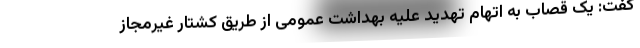
گفت: یک قصاب به اتهام تهدید علیه بهداشت عمومی از طریق کشتار غیرمجاز